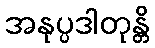
အနုပ္ပဒါတုန္တိ